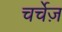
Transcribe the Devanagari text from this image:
चर्चेज़